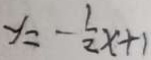
y = - \frac { 1 } { 2 } x + 1